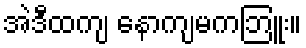
အဲဒီထကျ နောကျမကဘြူး။